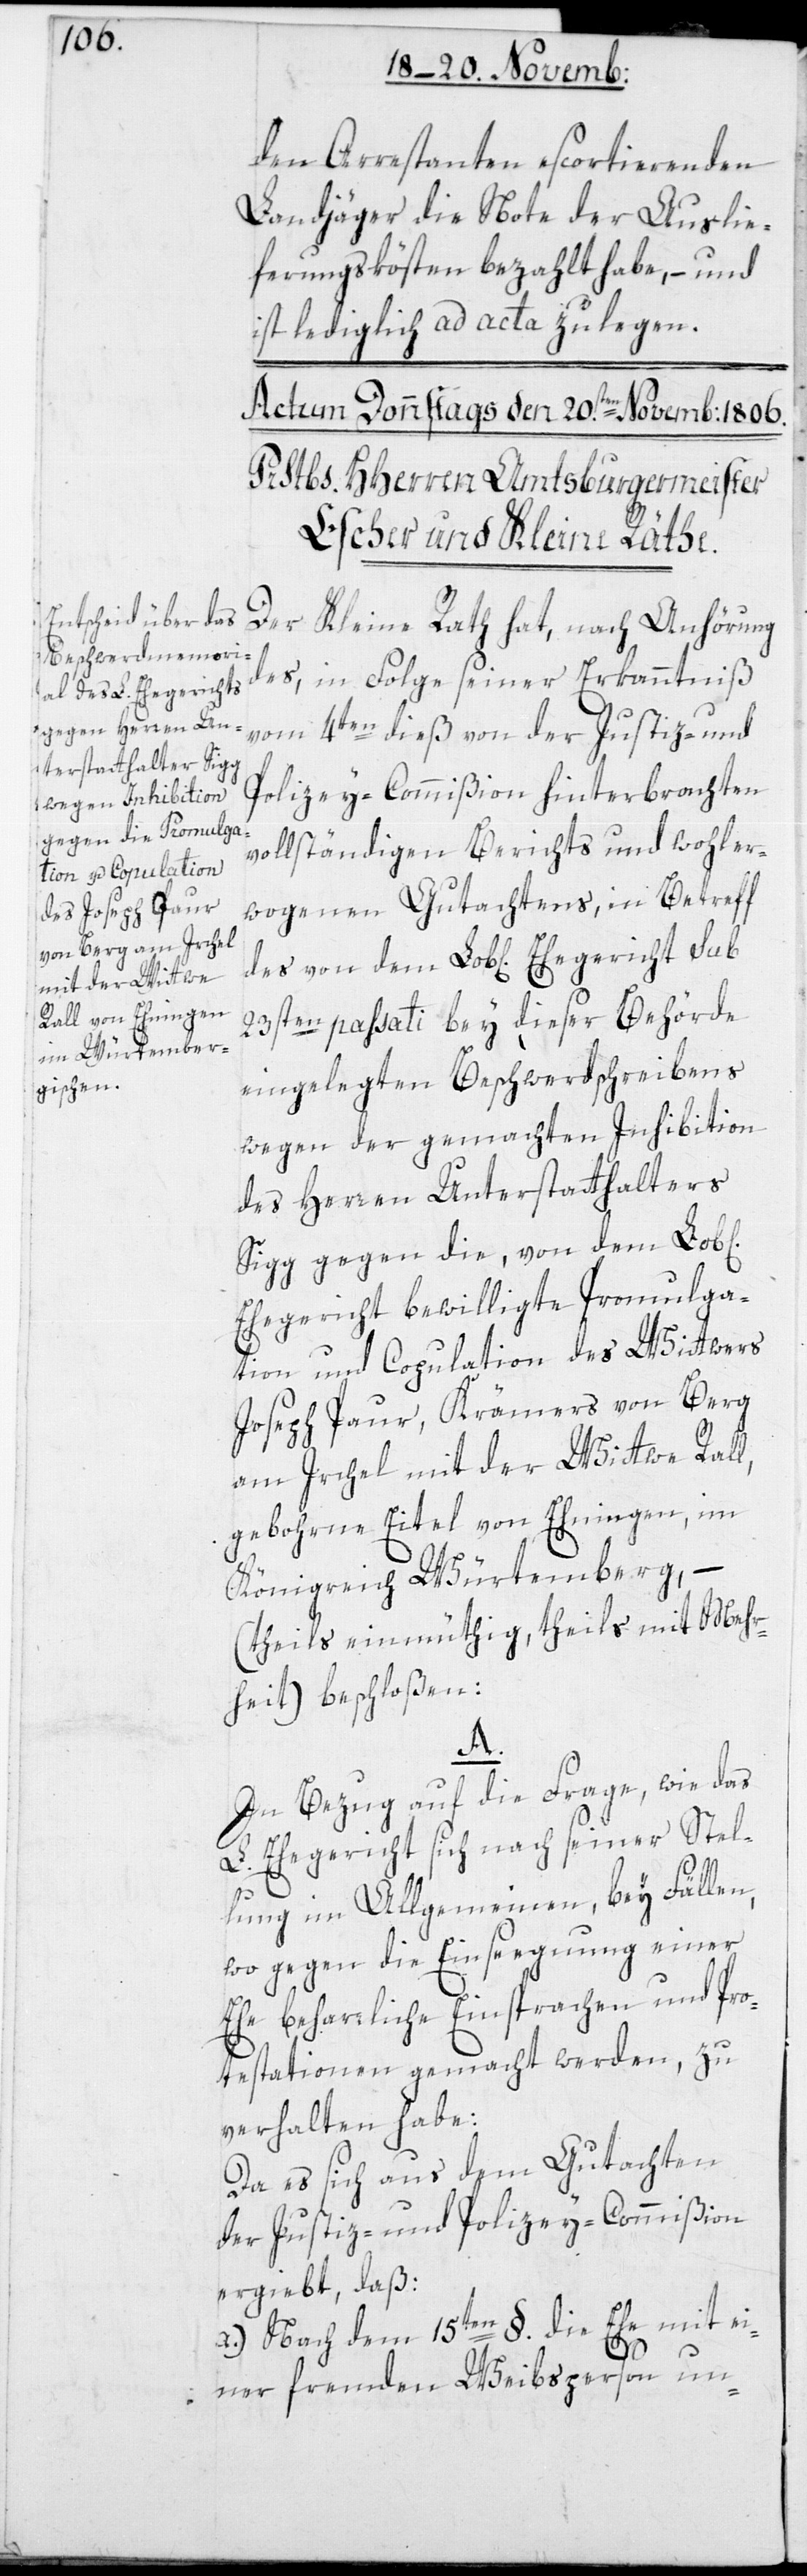
den Arrestanten escortierenden
Landjäger die Note der Auslie¬
ferungskösten bezahlt habe, – und
ist lediglich ad acta zu legen.
Der Kleine Rath hat, nach Anhörung
des in Folge seiner Erkanntniß
vom 4ten dieß, von der Justiz- und
Polizey-Commißion hinterbrachten
vollständigen Berichts und wohler¬
wogenen Gutachtens, in Betreff
23sten passati bey dieser Behörde
eingelegten Beschwerdschreibens
wegen der gemachten Inhibition
des Herren Unterstatthalters
Sigg gegen die, von dem Lob[li¬
Ehegericht bewilligte Promulga¬
tion und Copulation des Wittwers
Joseph Paur, Krämers von Berg
am Irchel, mit der Wittwe Rall,
gebohrne Eitel von Ehningen im
Königreich Würtemberg, –
(theils einmütig, theils mit Mehr¬
heit) beschloßen:
A.
In Bezug auf die Frage, wie das
egericht sich nach seiner Stel¬
L.
Eh¬
c¬
lung im Allgemeinen, bey Fällen,
wo gegen die Einsegnung einer
Ehe beharrliche Einsprachen und Pro¬
testationen gemacht werden, zu
verhalten habe:
Da es sich aus dem Gutachten
der Justiz- und Polizey-Commißion
ergiebt, daß
a.) Nach dem 15ten §. die Ehe mit ei¬
ner fremden Weibsperson un-